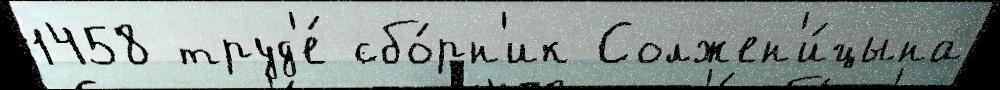
1458 труд'е́ сбо́рн'ик Солжен'и́цына